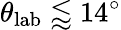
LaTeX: \theta_{\mathrm{{lab}}}\lessapprox 14^{\circ}